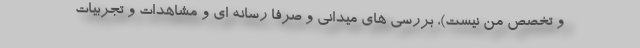
و تخصص من نیست)، بررسی های میدانی و صرفاً رسانه ای و مشاهدات و تجربیات